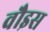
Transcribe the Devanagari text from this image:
वौइस